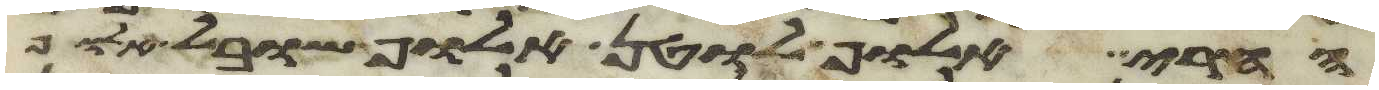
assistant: החרי אלוף לוטן אלוף שובל אלוף